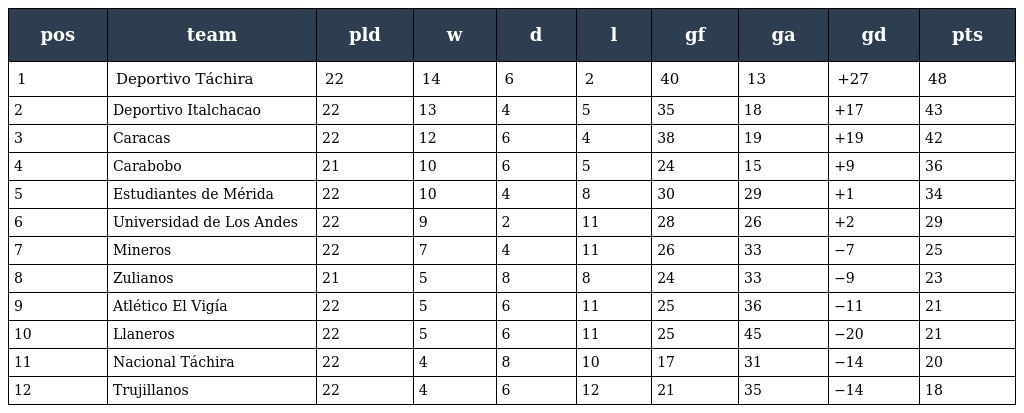
| pos | team | pld | w | d | l | gf | ga | gd | pts |
 | --- | --- | --- | --- | --- | --- | --- | --- | --- | --- |
 | 1 | Deportivo Táchira | 22 | 14 | 6 | 2 | 40 | 13 | +27 | 48 |
 | 2 | Deportivo Italchacao | 22 | 13 | 4 | 5 | 35 | 18 | +17 | 43 |
 | 3 | Caracas | 22 | 12 | 6 | 4 | 38 | 19 | +19 | 42 |
 | 4 | Carabobo | 21 | 10 | 6 | 5 | 24 | 15 | +9 | 36 |
 | 5 | Estudiantes de Mérida | 22 | 10 | 4 | 8 | 30 | 29 | +1 | 34 |
 | 6 | Universidad de Los Andes | 22 | 9 | 2 | 11 | 28 | 26 | +2 | 29 |
 | 7 | Mineros | 22 | 7 | 4 | 11 | 26 | 33 | −7 | 25 |
 | 8 | Zulianos | 21 | 5 | 8 | 8 | 24 | 33 | −9 | 23 |
 | 9 | Atlético El Vigía | 22 | 5 | 6 | 11 | 25 | 36 | −11 | 21 |
 | 10 | Llaneros | 22 | 5 | 6 | 11 | 25 | 45 | −20 | 21 |
 | 11 | Nacional Táchira | 22 | 4 | 8 | 10 | 17 | 31 | −14 | 20 |
 | 12 | Trujillanos | 22 | 4 | 6 | 12 | 21 | 35 | −14 | 18 |